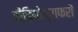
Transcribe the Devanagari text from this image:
वीडियोग्राफरों